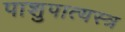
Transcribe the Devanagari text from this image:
पाशुपात्यस्त्र